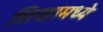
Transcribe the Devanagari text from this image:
शिखामध्ये